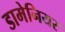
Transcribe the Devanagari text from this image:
डामेनियर